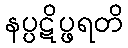
နပ္ပဋိပ္ဖရတိ